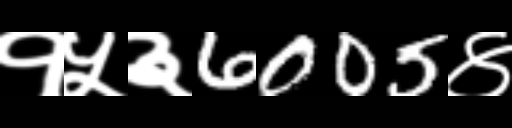
Text: १५३6005४